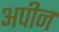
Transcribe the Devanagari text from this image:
अपीन